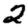
Digit: 2